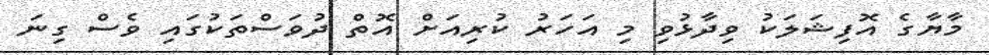
މާޔާގެ އޮފިޝަލަކު ވިދާޅުވި މި އަހަރު ކުރިއަށް އޮތް ދުވަސްތަކުގައި ވެސް ގިނަ